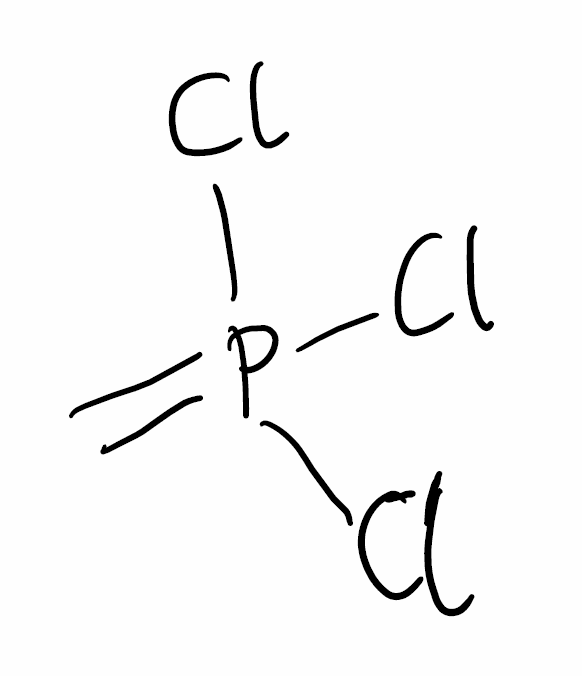
Simplified molecular-input line-entry system (SMILES) notation of the given molecule:
C=P(Cl)(Cl)Cl